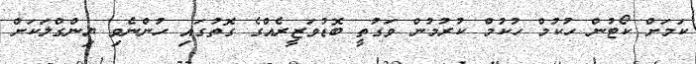
ކަމަށް ކޯޓުން ހުކުމް ހުކުމް ކުރުމުން ވަގުތީ ބޮޑުވަޒީރެއްގެ ގޮތުގައި ހުންނެވި ޔިންގްލަކަށް